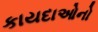
કાયદાઓનો